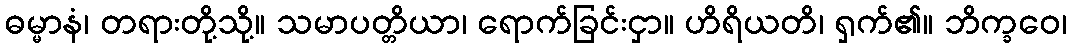
ဓမ္မာနံ၊ တရားတို့သို့။ သမာပတ္တိယာ၊ ရောက်ခြင်းငှာ။ ဟိရိယတိ၊ ရှက်၏။ ဘိက္ခဝေ၊